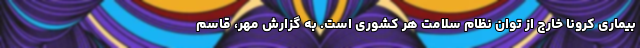
بیماری کرونا خارج از توان نظام سلامت هر کشوری است. به گزارش مهر، قاسم